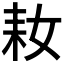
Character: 𱻲